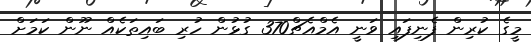
މީގެ ކުރިން ފެނިފައި ވަނީ އެމްއެޗް370 ގުޅުން ހުރި ބައިތަކެއް ނޫން ކަމަށް